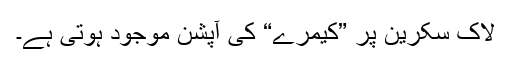
لاک سکرین پر ”کیمرے“ کی آپشن موجود ہوتی ہے۔